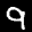
Label: 9